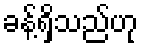
ခန့်ရှိသည်ဟု